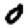
Digit: 0